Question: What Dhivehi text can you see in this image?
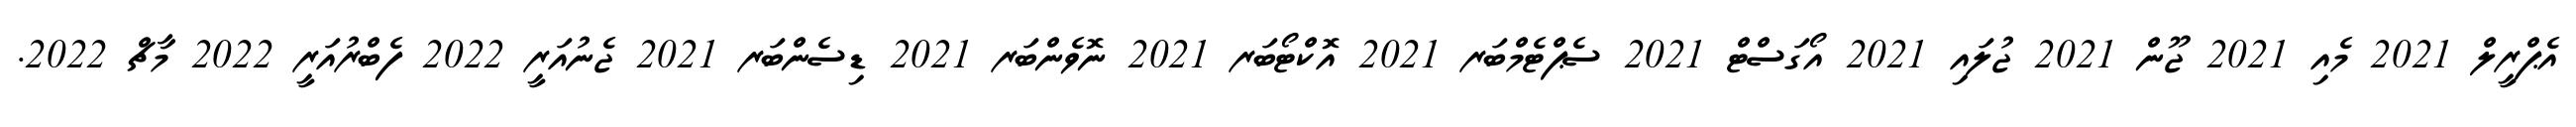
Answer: އެޕްރީލް 2021 މެއި 2021 ޖޫން 2021 ޖުލައި 2021 އޯގަސްޓް 2021 ސެޕްޓެމްބަރ 2021 އޮކްޓޯބަރ 2021 ނޮވެންބަރ 2021 ޑިސެންބަރ 2021 ޖެނުއަރީ 2022 ފެބްރުއަރީ 2022 މާޗް 2022.